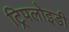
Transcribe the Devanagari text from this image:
ट्रिपलोइडी